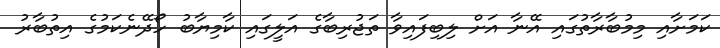
ކަމަށާއި މިމުބާރާތުގައި އޭނާ އަށް ލިބިފައިވާ ތަޖުރިބާގެ އަލީގައި ކާމިޔާބު ހޯދޭނެކަމުގެ އިތުބާރު